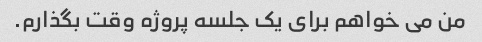
من می خواهم برای یک جلسه پروژه وقت بگذارم.